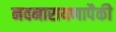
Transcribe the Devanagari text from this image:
नवनारायणापैकी